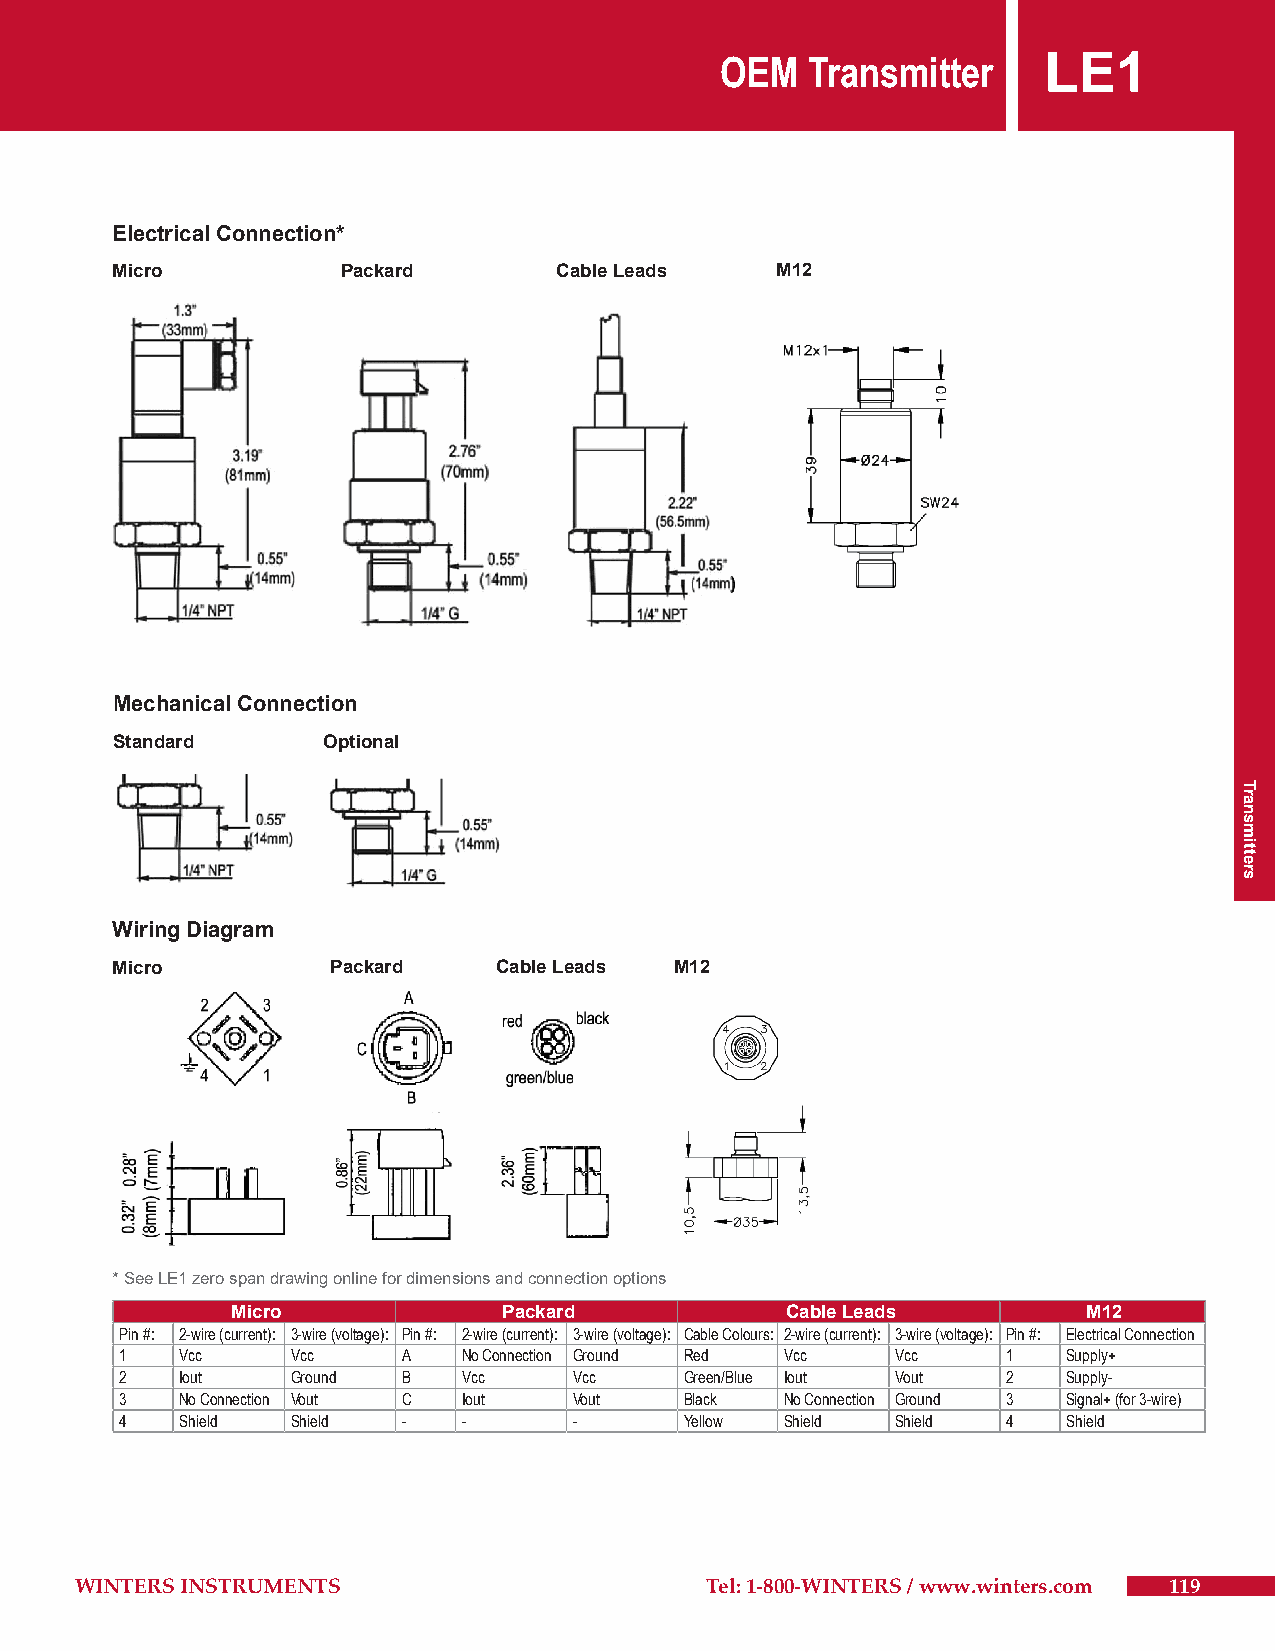
OEM  Transmitter     LE1
 Electrical Connection*
 Micro           Packard       Cable Leads   M12
 Mechanical Connection
 Standard      Optional
 Wiring Diagram
 Micro          Packard    Cable Leads M12
 * See LE1 zero span drawing online for dimensions and connection options
 Micro             Packard            Cable Leads         M12
 Pin #: 2-wire (current): 3-wire (voltage): Pin #: 2-wire (current): 3-wire (voltage): Cable Colours: 2-wire (current): 3-wire (voltage): Pin #: Electrical Connection
 1   Vcc    Vcc     A   No Connection Ground Red Vcc Vcc    1   Supply+
 2   Iout   Ground  B   Vcc    Vcc    Green/Blue Iout Vout  2   Supply-
 3   No Connection Vout C Iout Vout   Black  No Connection Ground 3 Signal+ (for 3-wire)
 4   Shield Shield  -   -      -      Yellow Shield Shield  4   Shield
 WWIINNTTEERRSS IINNSSTTRRUUMMEENNTTSS     TTeell:: 11--880000--WWIINNTTEERRSS // wwwwww..wwiinntteerrss..ccoomm 111199
 Transmitters